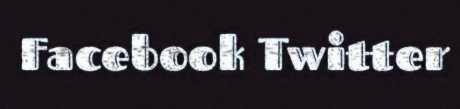
Facebook Twitter